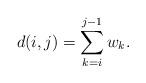
LaTeX: \begin{align*}d(i,j) = \sum_{k=i}^{j-1} w_k.\ \ \end{align*}